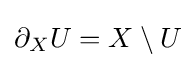
\partial _{X}U=X\setminus U